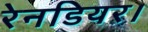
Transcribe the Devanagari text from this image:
रेनडियर।